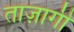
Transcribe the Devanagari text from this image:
ताज़ागी